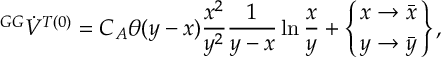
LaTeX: { ^ { G G } \dot { V } ^ { T ( 0 ) } } = C _ { A } \theta ( y - x ) \frac { x ^ { 2 } } { y ^ { 2 } } \frac { 1 } { y - x } \ln \frac { x } { y } + \left\{ x \to \bar { x } \atop y \to \bar { y } \right\} ,